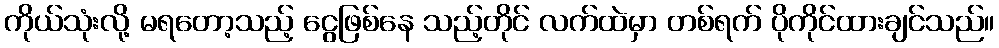
ကိုယ်သုံးလို့ မရတော့သည့် ငွေဖြစ်နေ သည့်တိုင် လက်ထဲမှာ တစ်ရက် ပိုကိုင်ထားချင်သည်။